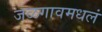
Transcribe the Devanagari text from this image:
जळगावमधलं